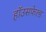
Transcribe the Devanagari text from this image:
हॉउसफेल्ड